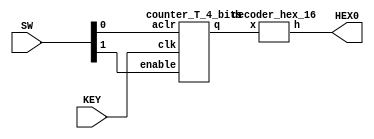
module counter_T_4_bits_board(
					input [0:0] KEY,
					input [1:0] SW,
					output [0:6] HEX0);
					
		wire [3:0] A;
		
		counter_T_4_bits ex0(KEY[0], SW[0], SW[1], A[3:0]);
		decoder_hex_16 ex1(A[3:0], HEX0[0:6]);

endmodule

module counter_T_4_bits(
	input clk, aclr, enable,
	output [3:0] q);
	
	wire [3:1] c;
	
	assign c[1] = q[0] & enable;
	assign c[2] = q[1] & c[1];
	assign c[3] = q[2] & c[2];
	
	FFT_areset ex0(enable,clk,aclr,q[0]);
	FFT_areset ex1(c[1],clk,aclr,q[1]);
	FFT_areset ex2(c[2],clk,aclr,q[2]);
	FFT_areset ex3(c[3],clk,aclr,q[3]);
	
endmodule

module FFT_areset(
	input T,clk,aclr,
	output reg Q);
	
	always @(posedge clk, negedge aclr)
		if (!aclr) 	Q <= 1'b0;
		else if (T) 	Q <= ~Q;
		else	Q <= Q;
		
endmodule

module decoder_hex_16(
							input [3:0] x,
							output reg [0:6] h);
		
		always @(*)
		casex(x)
			4'd0: h=7'b0000001;
			4'd1: h=7'b1001111;
			4'd2: h=7'b0010010;
			4'd3: h=7'b0000110;
			4'd4: h=7'b1001100;
			4'd5: h=7'b0100100;
			4'd6: h=7'b0100000;
			4'd7: h=7'b0001111;
			4'd8: h=7'b0000000;
			4'd9: h=7'b0000100;
			4'd10: h=7'b0001000;
			4'd11: h=7'b1100000;
			4'd12: h=7'b0110001;
			4'd13: h=7'b1000010;
			4'd14: h=7'b0110000;
			4'd15: h=7'b0111000;
			default: h=7'b1111111;
		endcase
		
endmodule